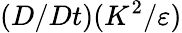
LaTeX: (D/Dt)(K^{2}/\varepsilon)